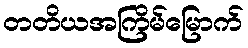
တတိယအကြိမ်မြောက်